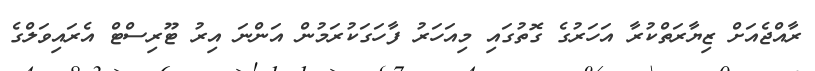
ރާއްޖެއަށް ޒިޔާރަތްކުރާ އަހަރުގެ ގޮތުގައި މިއަހަރު ފާހަގަކުރަމުން އަންނަ އިރު ޓޫރިސްޓް އެރައިވަލްގެ